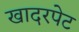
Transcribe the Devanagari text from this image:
खादरपेट